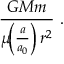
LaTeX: \, { \frac { \, G M m \, } { \mu \! \! \left( { \frac { a } { a _ { 0 } } } \right) r ^ { 2 } } } ~ .